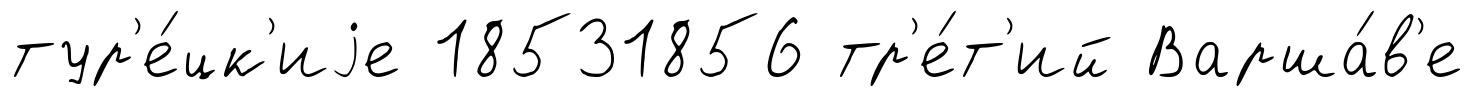
тур'е́цк'иjе 18531856 тр'е́т'ий Варша́в'е